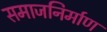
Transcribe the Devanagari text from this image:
समाजनिर्माण